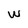
Character: w